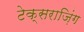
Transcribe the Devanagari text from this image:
टेक्सराज़िंग